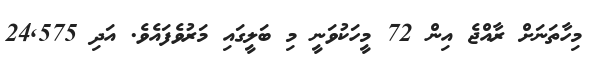
މިހާތަނަށް ރާއްޖެ އިން 72 މީހަކުވަނީ މި ބަލީގައި މަރުވެފައެވެ. އަދި 24